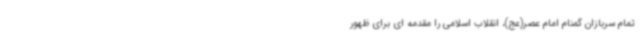
تمام سربازان گمنام امام عصر(عج)، انقلاب اسلامی را مقدمه ای برای ظهور